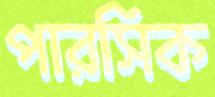
পারসিক